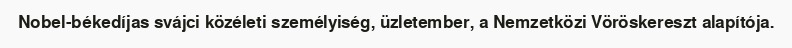
Nobel-békedíjas svájci közéleti személyiség, üzletember, a Nemzetközi Vöröskereszt alapítója.